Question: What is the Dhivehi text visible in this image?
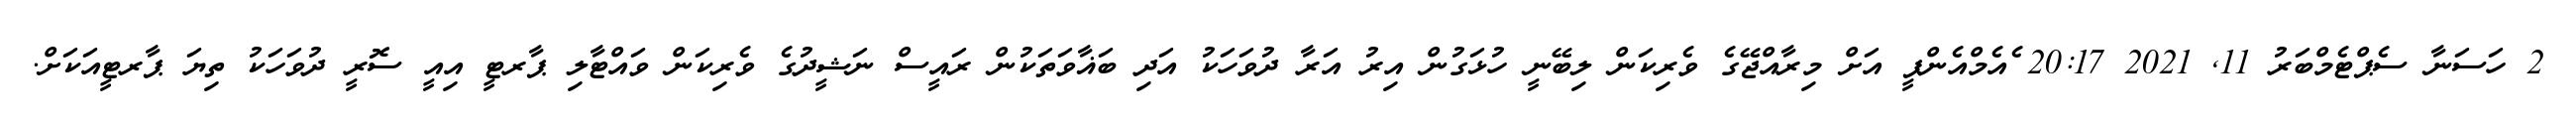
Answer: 2 ހަސަނާ ސެޕްޓެމްބަރު 11, 2021 20:17 ެއެމްއެންޕީ އަށް މިރާއްޖޭގެ ވެރިކަން ލިބޭނީ ހުޅަގުން އިރު އަރާ ދުވަހަކު އަދި ބަޣާވަތަކުން ރައީސް ނަޝީދުގެ ވެރިކަން ވައްޓާލި ޕާރޓީ އިއީ ސޮރީ ދުވަހަކު ތިޔަ ޕާރޓީއަކަށް.